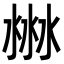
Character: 㴇